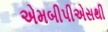
એમબીપીએસથી